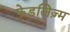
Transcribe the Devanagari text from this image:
फेडलिज़्म